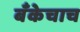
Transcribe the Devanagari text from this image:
बँकेचाच